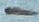
Text: -